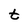
Character: t